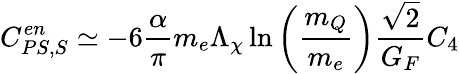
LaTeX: C_{PS,S}^{en}\simeq-6\frac{\alpha}{\pi}m_{e}\Lambda_{\chi}\ln\left(\frac{m_{Q}}{m_{e}}\right)\frac{\sqrt{2}}{G_{F}}C_{4}